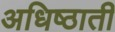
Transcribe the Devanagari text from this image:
अधिष्ठाती